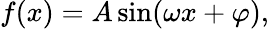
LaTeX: f(x)=A\sin(\omega x+\varphi),